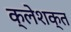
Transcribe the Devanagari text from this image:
क्लेशक्त